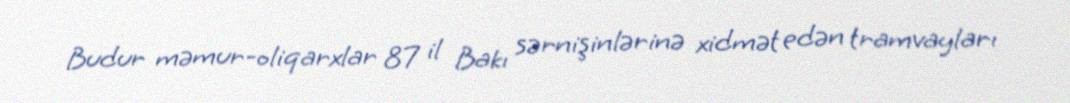
Budur məmur-oliqarxlar 87 il Bakı sərnişinlərinə xidmət edən tramvayları